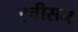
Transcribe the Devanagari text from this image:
ह्चीसन